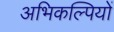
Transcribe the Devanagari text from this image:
अभिकल्पियों